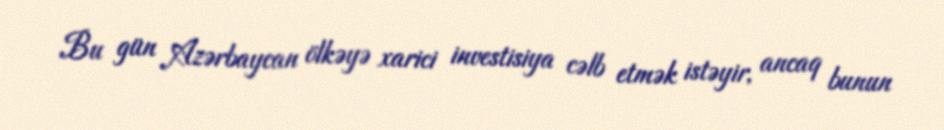
Bu gün Azərbaycan ölkəyə xarici investisiya cəlb etmək istəyir, ancaq bunun